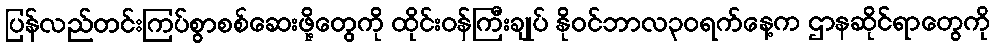
ပြန်လည်တင်းကြပ်စွာစစ်ဆေးဖို့တွေကို ထိုင်းဝန်ကြီးချုပ် နိုဝင်ဘာလ၃၀ရက်နေ့က ဌာနဆိုင်ရာတွေကို